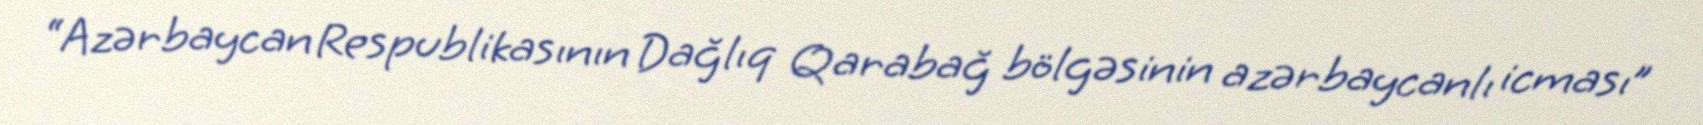
“Azərbaycan Respublikasının Dağlıq Qarabağ bölgəsinin azərbaycanlı icması”